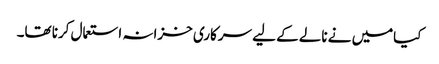
کیامیں نے نالے کے لیے سرکاری خزانہ استعمال کرنا تھا۔